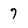
Character: 7